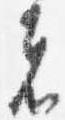
者